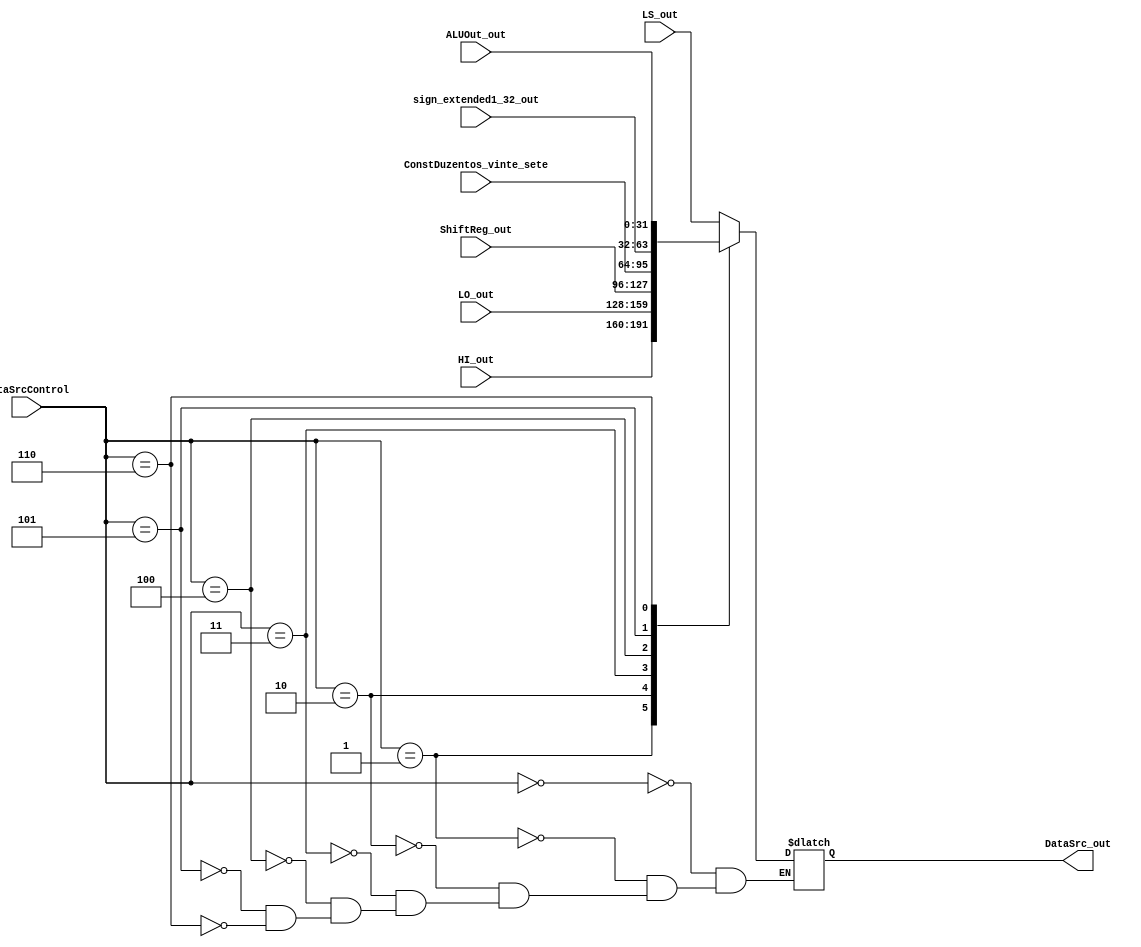
module DataSrc_(
    input wire [2:0] DataSrcControl,
    input wire [31:0] LS_out,   
    input wire [31:0] HI_out,   
    input wire [31:0] LO_out, 
    input wire [31:0] ShiftReg_out, 
    input wire [31:0] ConstDuzentos_vinte_sete,
    input wire [31:0] sign_extended1_32_out, 
    input wire [31:0] ALUOut_out, 
    output reg [31:0] DataSrc_out  
);
  
always @(*) begin
    case (DataSrcControl)          
        3'b000: DataSrc_out = LS_out; 
        3'b001: DataSrc_out = HI_out; 
        3'b010: DataSrc_out = LO_out; 
        3'b011: DataSrc_out = ShiftReg_out;
        3'b100: DataSrc_out = ConstDuzentos_vinte_sete;
        3'b101: DataSrc_out = sign_extended1_32_out;
        3'b110: DataSrc_out = ALUOut_out;
    endcase
end

endmodule